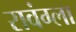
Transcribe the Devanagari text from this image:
रावंग्ला